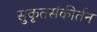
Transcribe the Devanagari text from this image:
सुकृतसंकीर्तन